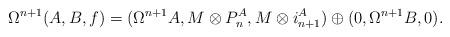
LaTeX: \begin{align*}\Omega^{n+1}(A, B, f)&=(\Omega^{n+1}A, M\otimes P^A_{n}, M\otimes i^A_{n+1}) \oplus (0, \Omega^{n+1}B,0).\end{align*}